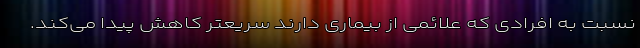
نسبت به افرادی که علائمی از بیماری دارند سریعتر کاهش پیدا می‌کند.